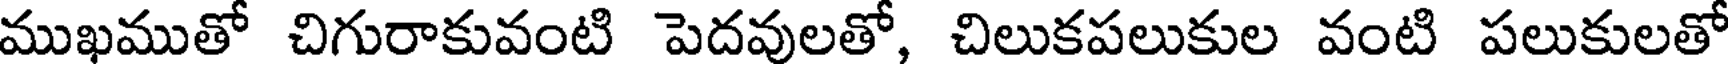
ముఖముతో చిగురాకువంటి పెదవులతో, చిలుకపలుకుల వంటి పలుకులతో